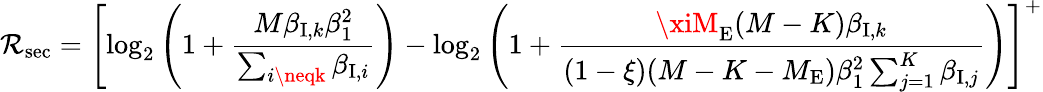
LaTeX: \mathcal{R}_{\mathrm{{sec}}}=\left[\log_{2}\left(1+\frac{{M\beta_{\mathrm{{I}},k}\beta_{1}^{2}}}{{\sum_{i\neqk}\beta_{\mathrm{{I}},i}}}\right)-\log_{2}\left(1+\frac{{\xiM_{\mathrm{{E}}}(M-K)\beta_{\mathrm{{I}},k}}}{{(1-\xi)(M-K-M_{\mathrm{{E}}})\beta_{1}^{2}\sum_{j=1}^{K}\beta_{\mathrm{{I}},j}}}\right)\right]^{+}